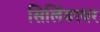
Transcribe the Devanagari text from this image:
सिलिंडरवर